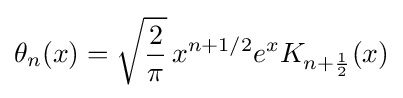
\theta _{n}(x)={\sqrt {\frac {2}{\pi }}}\,x^{n+1/2}e^{x}K_{n+{\frac {1}{2}}}(x)